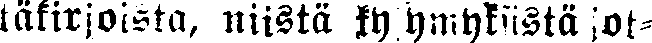
täkirjoista, niistä kysymyksistä jot-